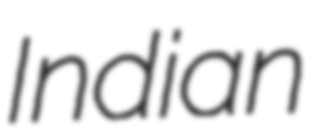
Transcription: Indian